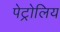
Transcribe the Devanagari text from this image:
पेट्रोलिय